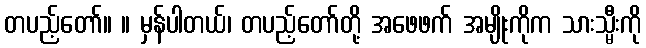
တပည့်တော်။ ။ မှန်ပါတယ်၊ တပည့်တော်တို့ အဖေဖက် အမျိုးကိုက သားသ္မီးကို